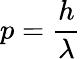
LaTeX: p={\frac{h}{\lambda}}